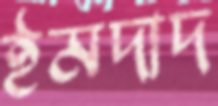
ইমদাদ